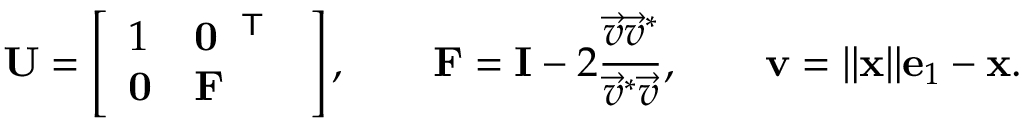
\mathbf { U } = \left[ \begin{array} { l l } { 1 } & { \mathbf { 0 } ^ { \textup { \textsf { T } } } } \\ { \mathbf { 0 } } & { \mathbf { F } } \end{array} \right] , \qquad \mathbf { F } = \mathbf { I } - 2 \frac { \vec { v } \vec { v } ^ { * } } { \vec { v } ^ { * } \vec { v } } , \qquad \mathbf { v } = \| \mathbf { x } \| \mathbf { e } _ { 1 } - \mathbf { x } .